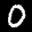
Label: 0